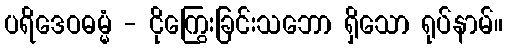
ပရိဒေဝဓမ္မံ - ငိုကြွေးခြင်းသဘော ရှိသော ရုပ်နာမ်။